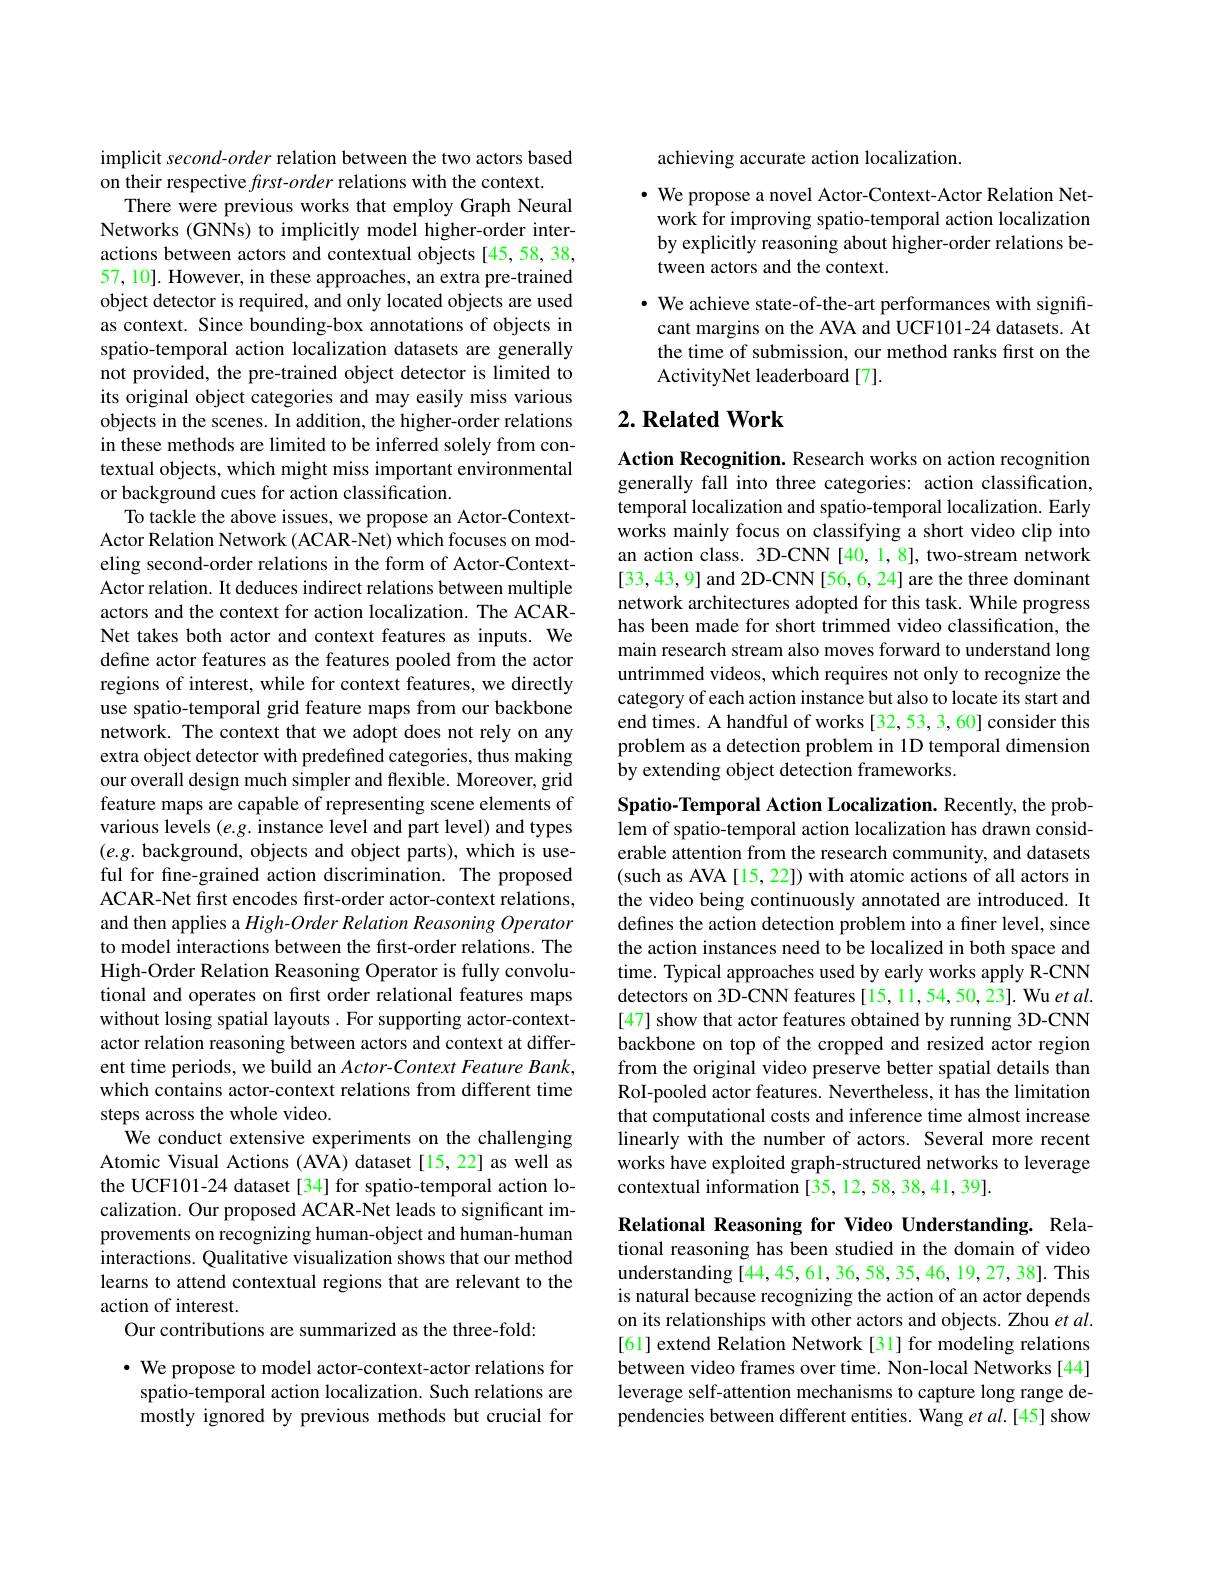
implicit second-order relation between the two actors based
on their respective $first-order$ relations with the context.
There were previous works that employ Graph Neural Networks (GNNs) to implicitly model higher-order interactions between actors and contextual objects [45,58,38, 57, 10]. However, in these approaches, an extra pre-trained object detector is required, and only located objects are used as context. Since bounding-box annotations of objects in spatio-temporal action localization datasets are generally not provided, the pre-trained object detector is limited to its original object categories and may easily miss various objects in the scenes. In addition, the higher-order relations in these methods are limited to be inferred solely from contextual objects, which might miss important environmental or background cues for action classification.
To tackle the above issues, we propose an Actor-ContextActor Relation Network (ACAR-Net) which focuses on modeling second-order relations in the form of Actor-ContextActor relation. It deduces indirect relations between multiple actors and the context for action localization. The ACARNet takes both actor and context features as inputs. We define actor features as the features pooled from the actor regions of interest, while for context features, we directly use spatio-temporal grid feature maps from our backbone network. The context that we adopt does not rely on any extra object detector with predefined categories, thus making our overall design much simpler and flexible. Moreover, grid feature maps are capable of representing scene elements of various levels $( e. g.$instance level and part level) and types $(e.g.$ background, objects and object parts), which is useful for fine-grained action discrimination. The proposed ACAR-Net first encodes first-order actor-context relations, and then applies a High-Order Relation Reasoning Operator to model interactions between the first-order relations. The High-Order Relation Reasoning Operator is fully convolutional and operates on first order relational features maps without losing spatial layouts. For supporting actor-contextactor relation reasoning between actors and context at different time periods, we build an Actor- Context Feature Bank, which contains actor-context relations from different time steps across the whole video.
We conduct extensive experiments on the challenging Atomic Visual Actions (AVA) dataset[15,22] as well as the UCF101-24 dataset [34] for spatio-temporal action localization. Our proposed ACAR-Net leads to significant improvements on recognizing human-object and human-human interactions. Qualitative visualization shows that our method learns to attend contextual regions that are relevant to the action of interest.
Our contributions are summarized as the three-fold:
$\cdot$ We propose to model actor-context-actor relations for spatio-temporal action localization. Such relations are

mostly ignored by previous methods but crucial for

achieving accurate action localization.

$\cdot$ We propose a novel Actor-Context-Actor Relation Network for improving spatio-temporal action localization by explicitly reasoning about higher-order relations between actors and the context.
$\cdot$ We achieve state-of-the-art performances with significant margins on the AVA and UCF101-24 datasets. At the time of submission, our method ranks first on the ActivityNet leaderboard[7].

## $2. \textbf{Related Work}$

Action Recognition. Research works on action recognition generally fall into three categories: action classification, temporal localization and spatio-temporal localization. Early works mainly focus on classifying a short video clip into an action class. 3D-CNN [40,1,8], two-stream network [33,43,9] and 2D-CNN [56,6,24] are the three dominant network architectures adopted for this task. While progress has been made for short trimmed video classification, the main research stream also moves forward to understand long untrimmed videos, which requires not only to recognize the category of each action instance but also to locate its start and end times. A handful of works [32,53,3,60] consider this problem as a detection problem in 1D temporal dimension by extending object detection frameworks.

Spatio-Temporal Action Localization. Recently, the problem of spatio-temporal action localization has drawn considerable attention from the research community, and datasets (such as AVA[15, 22]) with atomic actions of all actors in the video being continuously annotated are introduced. It defines the action detection problem into a finer level, since the action instances need to be localized in both space and time. Typical approaches used by early works apply R-CNN detectors on 3D-CNN features [15, 11,54,50,23]. Wu et al. [47] show that actor features obtained by running 3D-CNN backbone on top of the cropped and resized actor region from the original video preserve better spatial details than RoI-pooled actor features. Nevertheless, it has the limitation that computational costs and inference time almost increase linearly with the number of actors. Several more recent works have exploited graph-structured networks to leverage contextual information [35,12,58,38,41,39].

Relational Reasoning for Video Understanding. Relational reasoning has been studied in the domain of video understanding [44,45,61,36,58,35,46,19,27,38]. This is natural because recognizing the action of an actor depends on its relationships with other actors and objects. Zhou et al. [61] extend Relation Network[31] for modeling relations between video frames over time. Non-local Networks [44] leverage self-attention mechanisms to capture long range dependencies between different entities. Wang et al.[45] show